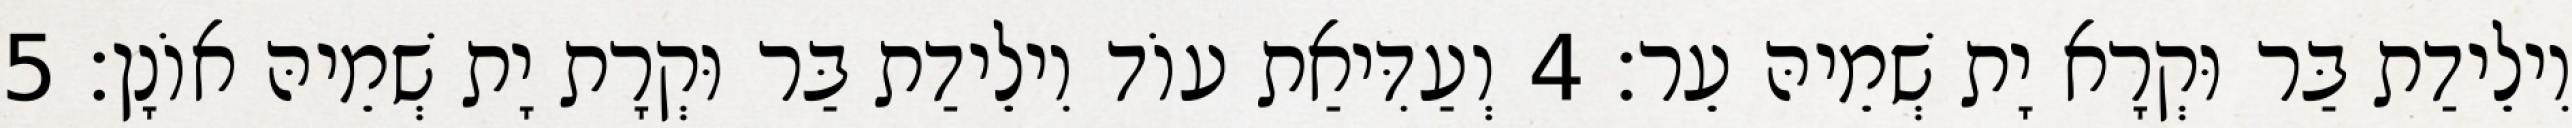
וִילֵידַת בַּר וּקְרָא יָת שְׁמֵיהּ עֵר׃ 4 וְעַדִּיאַת עוֹד וִילֵידַת בַּר וּקְרָת יָת שְׁמֵיהּ אוֹנָן׃ 5